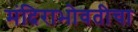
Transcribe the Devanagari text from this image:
मंदिराभोवतीचा